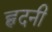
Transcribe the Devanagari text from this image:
ह्वदनी